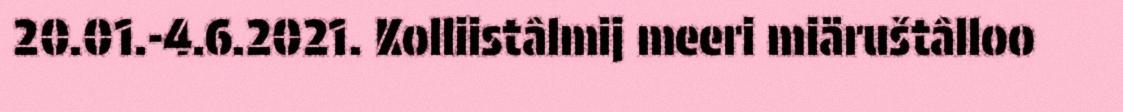
20.01.-4.6.2021. Kolliistâlmij meeri miäruštâlloo